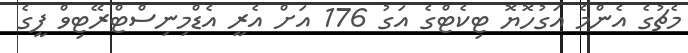
މެޗުގެ އެންމެ އަގުހޮޔޮ ޓިކެޓްގެ އަގު 176 އަށް އެރީ އެޑްމިނިސްޓްރޭޓިވް ފީގެ